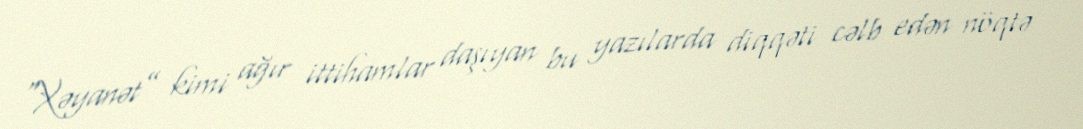
“Xəyanət” kimi ağır ittihamlar daşıyan bu yazılarda diqqəti cəlb edən nöqtə